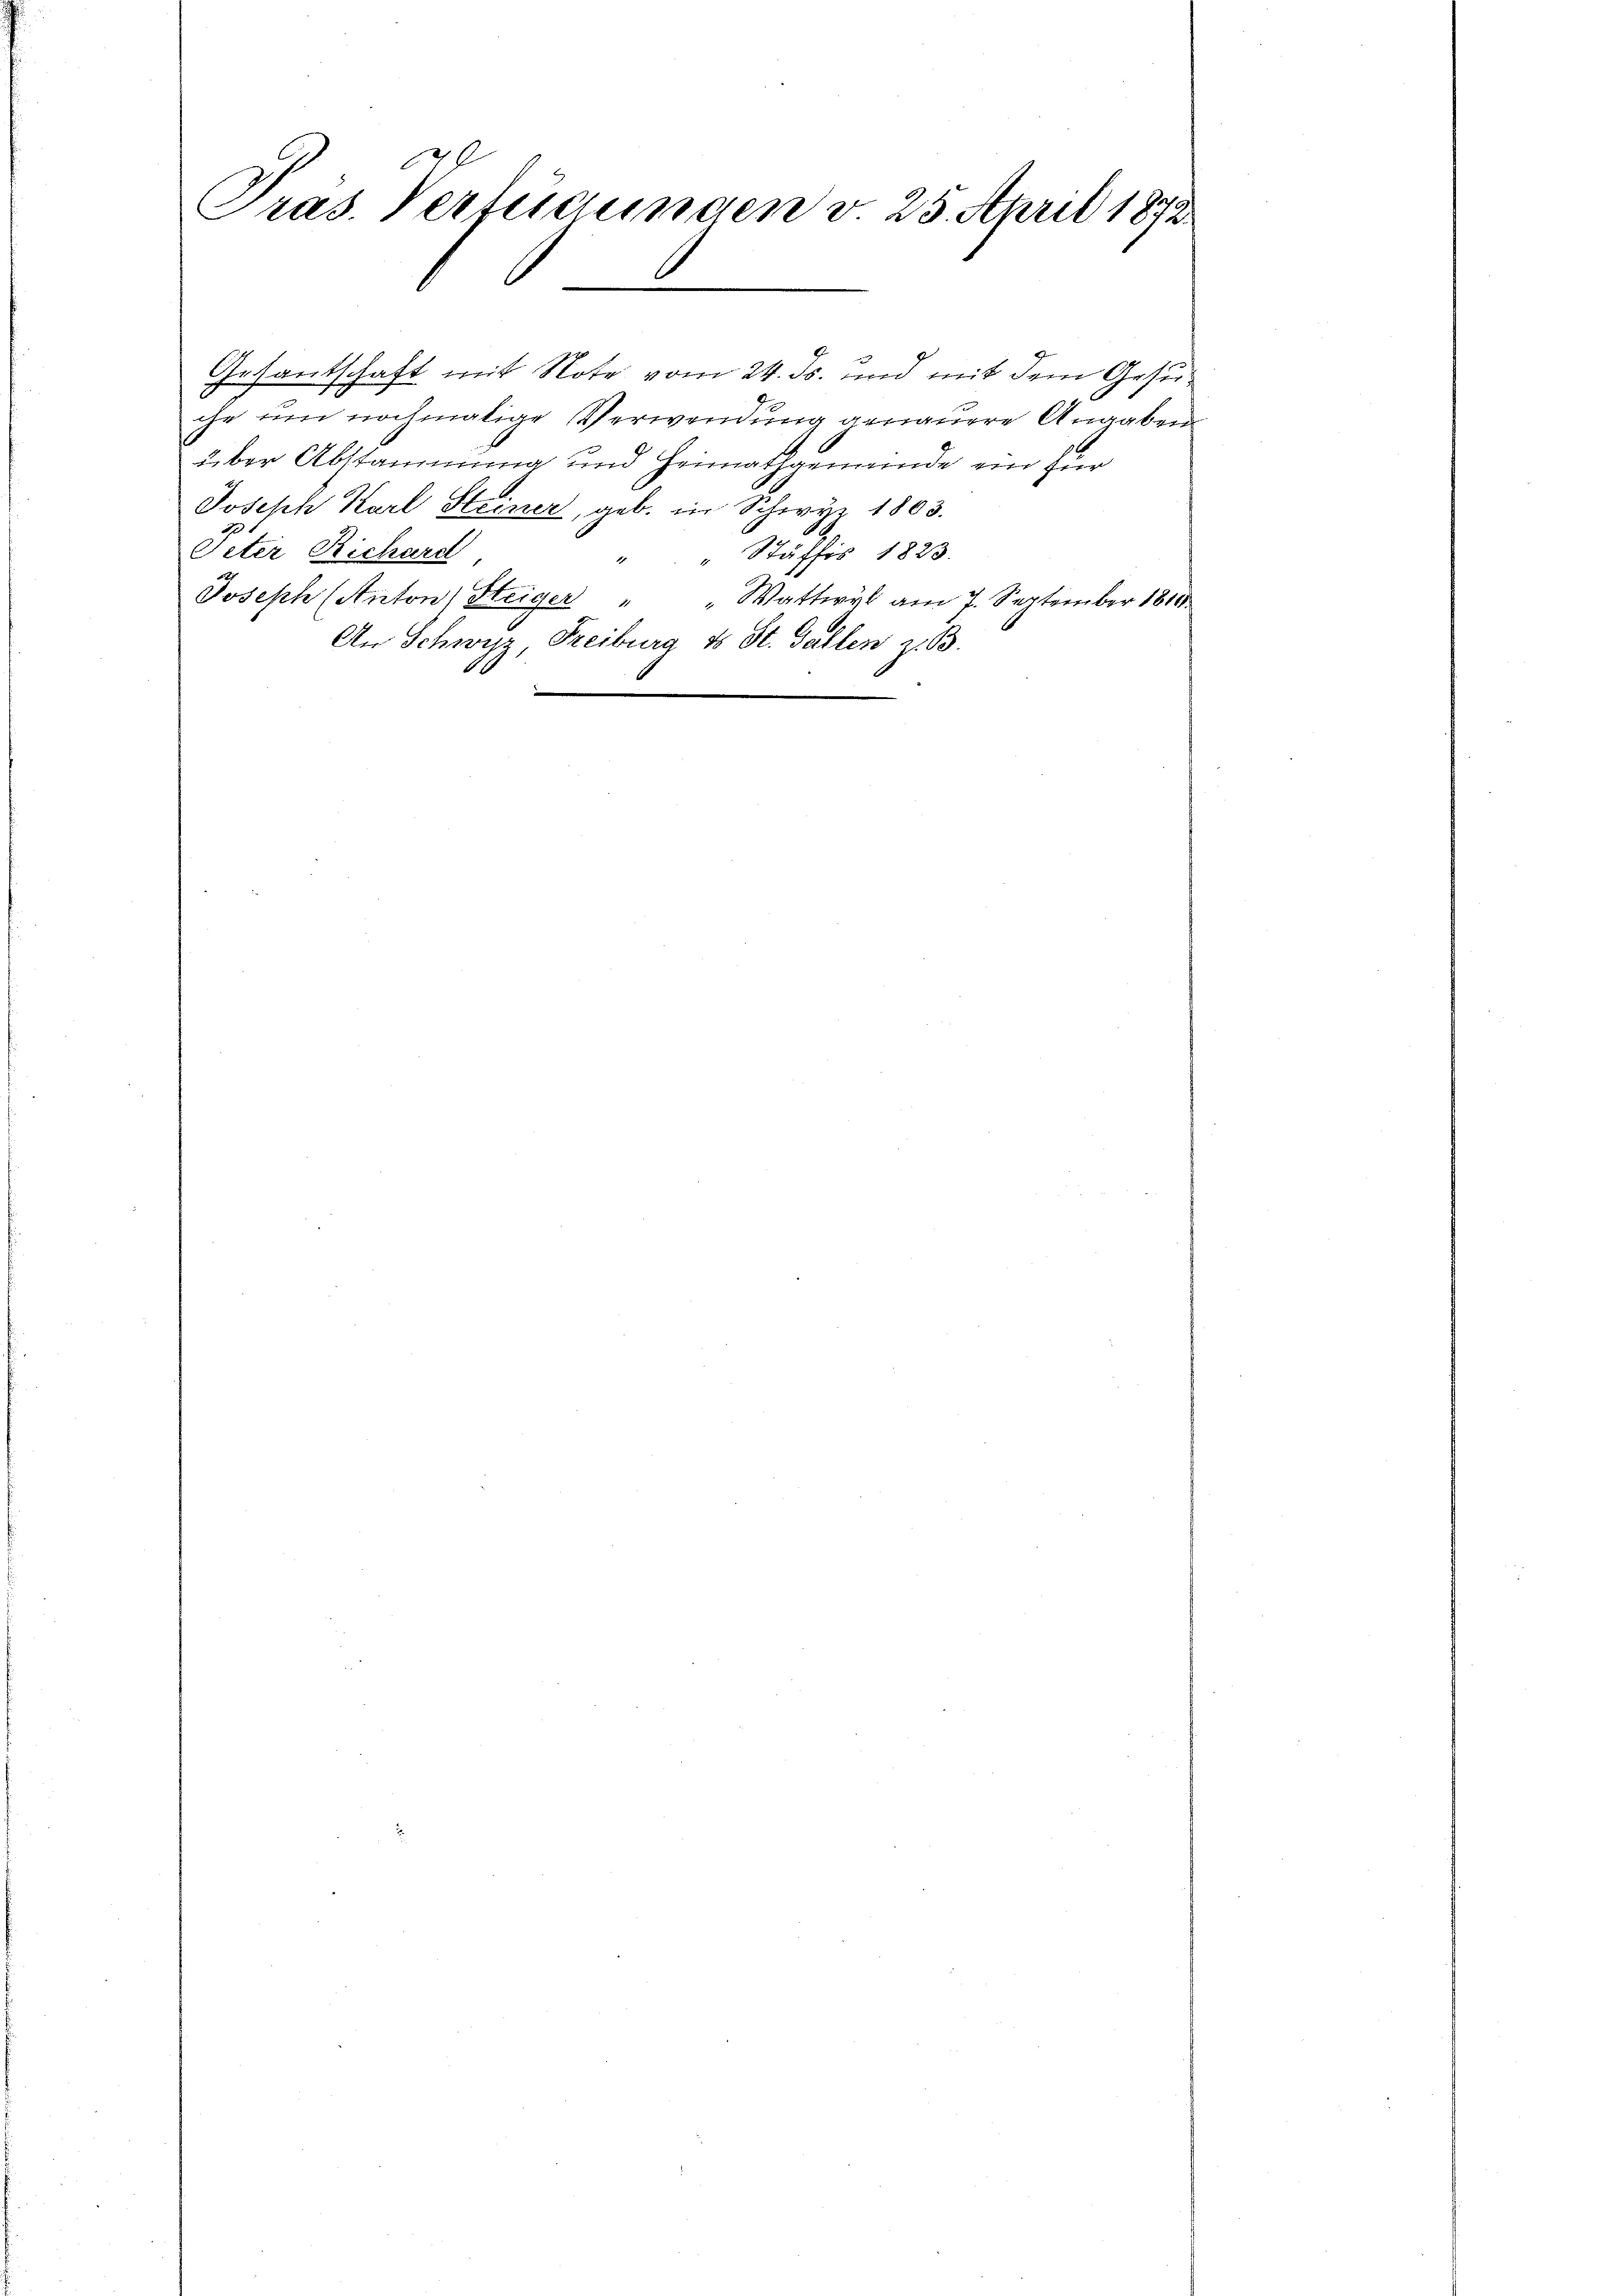
Präs. Verfügungen v. 25. April 1872

.

Gesandschaft mit Note vom 24. ds. und mit dem Gesuc
che um nochmalige Verwendung genauere Angaben
über Abstammung und Heimathgemeinde ein für
Joseph Karl Steiner, geb. in Schwyz 1803.
Peter Richard
" " Stäffis 1823.
Joseph (Anton Steiger " " Wattwyl am 7. September 1810
An Schwyz, Freiburg u St. Gallen z. B.